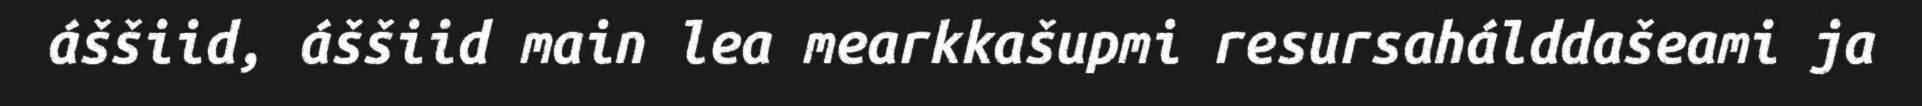
áššiid, áššiid main lea mearkkašupmi resursahálddašeami ja